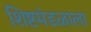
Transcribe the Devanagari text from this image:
शिष्टमंडळाला